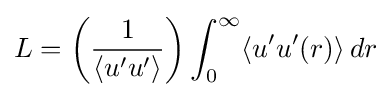
L=\left({\frac {1}{\langle u'u'\rangle }}\right)\int _{0}^{\infty }\langle u'u'(r)\rangle \,dr